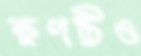
ক্ষণটিও